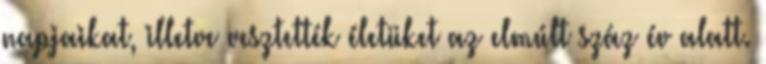
napjaikat, illetve vesztették életüket az elmúlt száz év alatt.